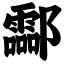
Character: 酃